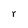
Character: r